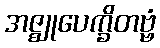
အဇ္ဈုပေက္ခိတဗ္ဗံ